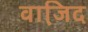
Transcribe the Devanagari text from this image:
वाजि़द